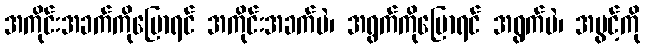
အကိုင်းအခက်ကိုပြောရင် အကိုင်းအခက်ပဲ၊ အရွက်ကိုပြောရင် အရွက်ပဲ၊ အပွင့်ကို